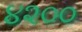
૪૨૦૦